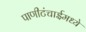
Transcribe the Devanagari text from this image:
पाणीटंचाईमध्ये